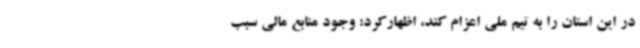
در این استان را به تیم ملی اعزام کند، اظهارکرد: وجود منابع مالی سبب